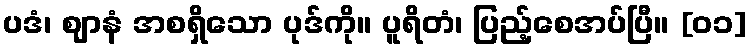
ပဒံ၊ ဈာနံ အစရှိသော ပုဒ်ကို။ ပူရိတံ၊ ပြည့်စေအပ်ပြီ။ [၀၁]